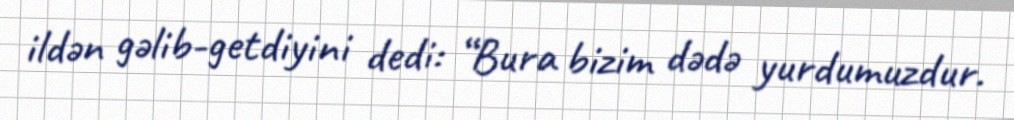
ildən gəlib-getdiyini dedi: “Bura bizim dədə yurdumuzdur.